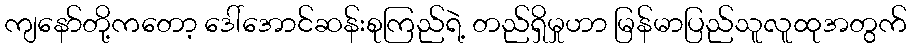
ကျနော်တို့ကတော့ ဒေါ်အောင်ဆန်းစုကြည်ရဲ့ တည်ရှိမှုဟာ မြန်မာပြည်သူလူထုအတွက်